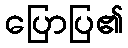
ပြောပြ၏